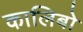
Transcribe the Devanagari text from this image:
कालिबो